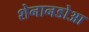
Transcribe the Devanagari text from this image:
शेनानडोआ